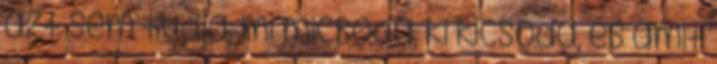
azt sem tudja, mi micsoda, ki kicsoda, és amit